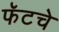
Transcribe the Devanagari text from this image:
फॅटचे